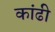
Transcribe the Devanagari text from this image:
कांढी